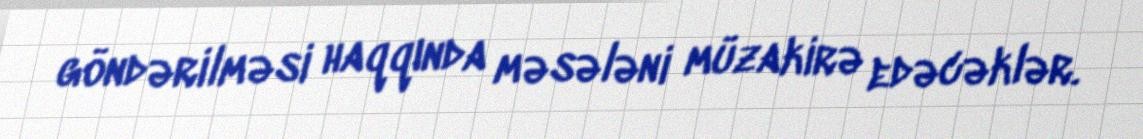
göndərilməsi haqqında məsələni müzakirə edəcəklər.